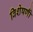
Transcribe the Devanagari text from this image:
विशेषणोँ